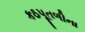
કઠપૂતળીના